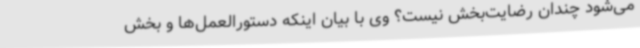
می‌شود چندان رضایت‌بخش نیست؟ وی با بیان اینکه دستورالعمل‌ها و بخش